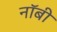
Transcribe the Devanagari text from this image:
नॉबी